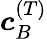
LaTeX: \boldsymbol{c}_{B}^{(T)}